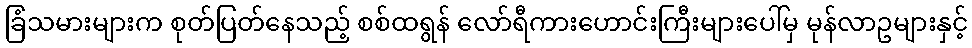
ခြံသမားများက စုတ်ပြတ်နေသည့် စစ်ထရွန် လော်ရီကားဟောင်းကြီးများပေါ်မှ မုန်လာဥများနှင့်